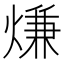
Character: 熑